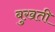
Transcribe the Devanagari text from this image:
बुख़ती